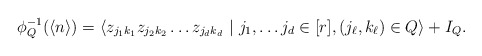
\begin{align*}\phi_Q^{-1}(\langle n \rangle) = \langle z_{j_1 k_1} z_{j_2 k_2} \ldots z_{j_d k_d} ~|~ j_1, \ldots j_d \in [r], (j_\ell, k_\ell) \in Q \rangle + I_Q.\end{align*}